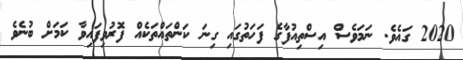
2020 ގައެވެ. ނަމަވެސް އިސްތިއުފާގެ ފަހަތުގައި ގިނަ ކަންތައްތަކެއް ފޮރުވިފައިވާ ކަމަށް ބުނެވެ